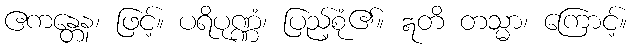
ဧကန္တေန၊ ဖြင့်။ ပရိပုဏ္ဏံ၊ ပြည့်စုံ၏။ ဣတိ တသ္မာ၊ ကြောင့်။